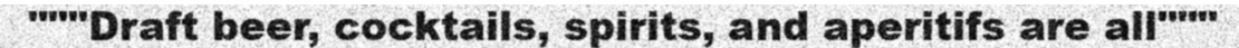
"""Draft beer, cocktails, spirits, and aperitifs are all"""